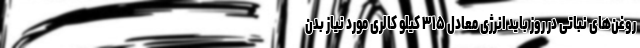
روغن‌های نباتی در روز باید انرژی معادل ۳۱۵ کیلو کالری مورد نیاز بدن